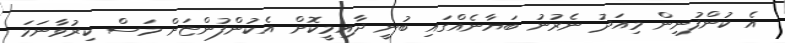
އެ ކުންފުނިން މިއަދު ނެރުނު ބަޔާނެއްގައި ބުނީ ދާއިމީކޮށް އެކުންފުންޏަށް މަސް ކިރުވާނަމަ